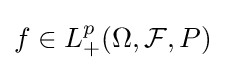
f\in L_{+}^{p}(\Omega ,{\mathcal {F}},P)